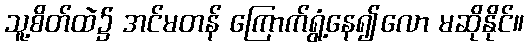
သူ့စိတ်ထဲ၌ အင်မတန် ကြောက်ရွံ့နေ၍လော မဆိုနိုင်။